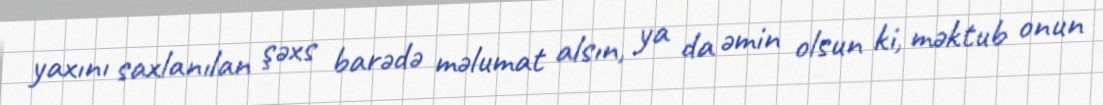
yaxını saxlanılan şəxs barədə məlumat alsın, ya da əmin olsun ki, məktub onun